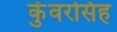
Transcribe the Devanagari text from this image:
कुँवरसिह